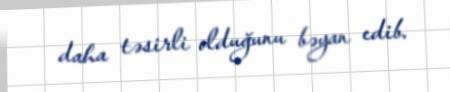
daha təsirli olduğunu bəyan edib.